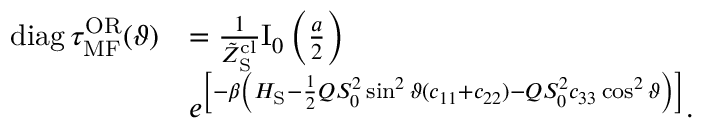
\begin{array} { r l } { \mathrm { d i a g } \, \tau _ { \mathrm { M F } } ^ { \mathrm { O R } } ( \vartheta ) } & { = \frac { 1 } { \tilde { Z } _ { \mathrm { S } } ^ { \mathrm { c l } } } \mathrm { I } _ { 0 } \left( \frac { a } { 2 } \right) } \\ & { e ^ { \left[ - \beta \left( H _ { \mathrm { S } } - \frac { 1 } { 2 } Q S _ { 0 } ^ { 2 } \sin ^ { 2 } \vartheta ( c _ { 1 1 } + c _ { 2 2 } ) - Q S _ { 0 } ^ { 2 } c _ { 3 3 } \cos ^ { 2 } \vartheta \right) \right] } . } \end{array}